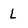
Character: L